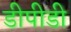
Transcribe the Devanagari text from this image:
डीपीडी